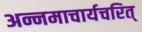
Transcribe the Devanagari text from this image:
अन्नमाचार्यचरित्